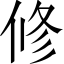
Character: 修